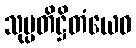
သုပ္ပတိဋ္ဌိတံယေဝ